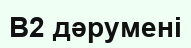
В2 дәрумені